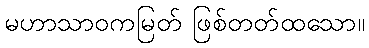
မဟာသာဝကမြတ် ဖြစ်တတ်ထသော။